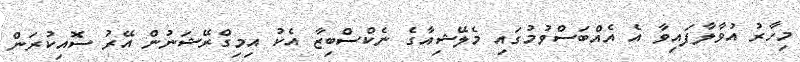
މިހާރު އުވާލާފައިވާ އެ އެއްބަސްވުމުގައި މެލޭޝިއާގެ ނެކްސްބިޒާ އެކު އިމިގްރޭޝަނުން އޭރު ސޮއިކުރަން